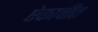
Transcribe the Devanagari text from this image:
ऐकावीत